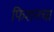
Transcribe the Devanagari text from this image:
फिशनचा